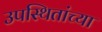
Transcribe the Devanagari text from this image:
उपस्थितांच्या